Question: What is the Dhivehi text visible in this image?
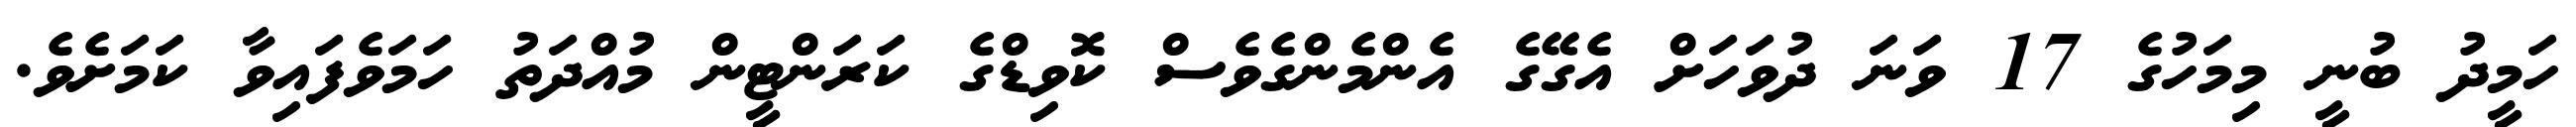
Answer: ހަމީދު ބުނީ މިމަހުގެ 17 ވަނަ ދުވަހަށް އެގޭގެ އެންމެންގެވެސް ކޮވިޑްގެ ކަރަންޓީން މުއްދަތު ހަމަވެފައިވާ ކަމަށެވެ.